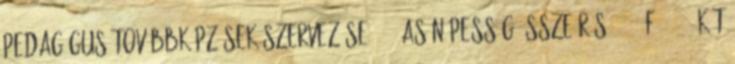
pedagógus továbbképzések szervezése 1920-as népesség-összeírás: 1500 fő 1990: Két